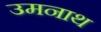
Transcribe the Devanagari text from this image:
उमनाथ